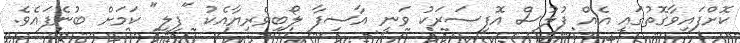
ކޮށްފައިވާގޮތުގައި އެއް ފުލުސް އޮފިސަރަކު ވަނީ އާސިފާ ލޯބިވެރިޔާއެކު "ފިލީ" ކަމަށް ބުނެފައެވެ.